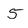
Character: 5